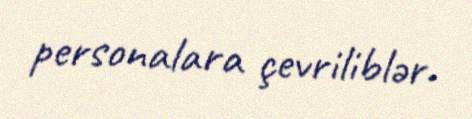
personalara çevriliblər.